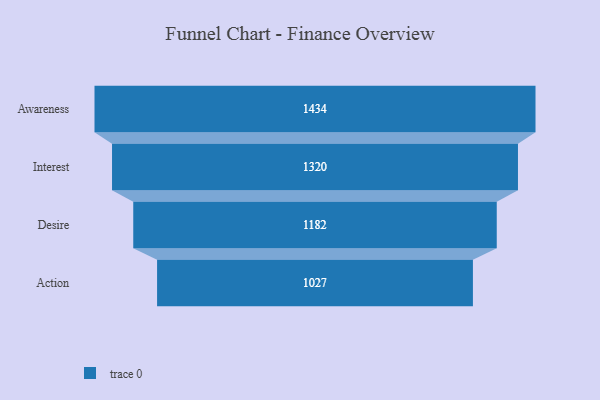
{"axis": {"x": "Stage", "y": "Value"}, "legend": [""], "data": [{"x": "Awareness", "y": 1434.0, "type": ""}, {"x": "Interest", "y": 1320.0, "type": ""}, {"x": "Desire", "y": 1182.0, "type": ""}, {"x": "Action", "y": 1027.0, "type": ""}]}